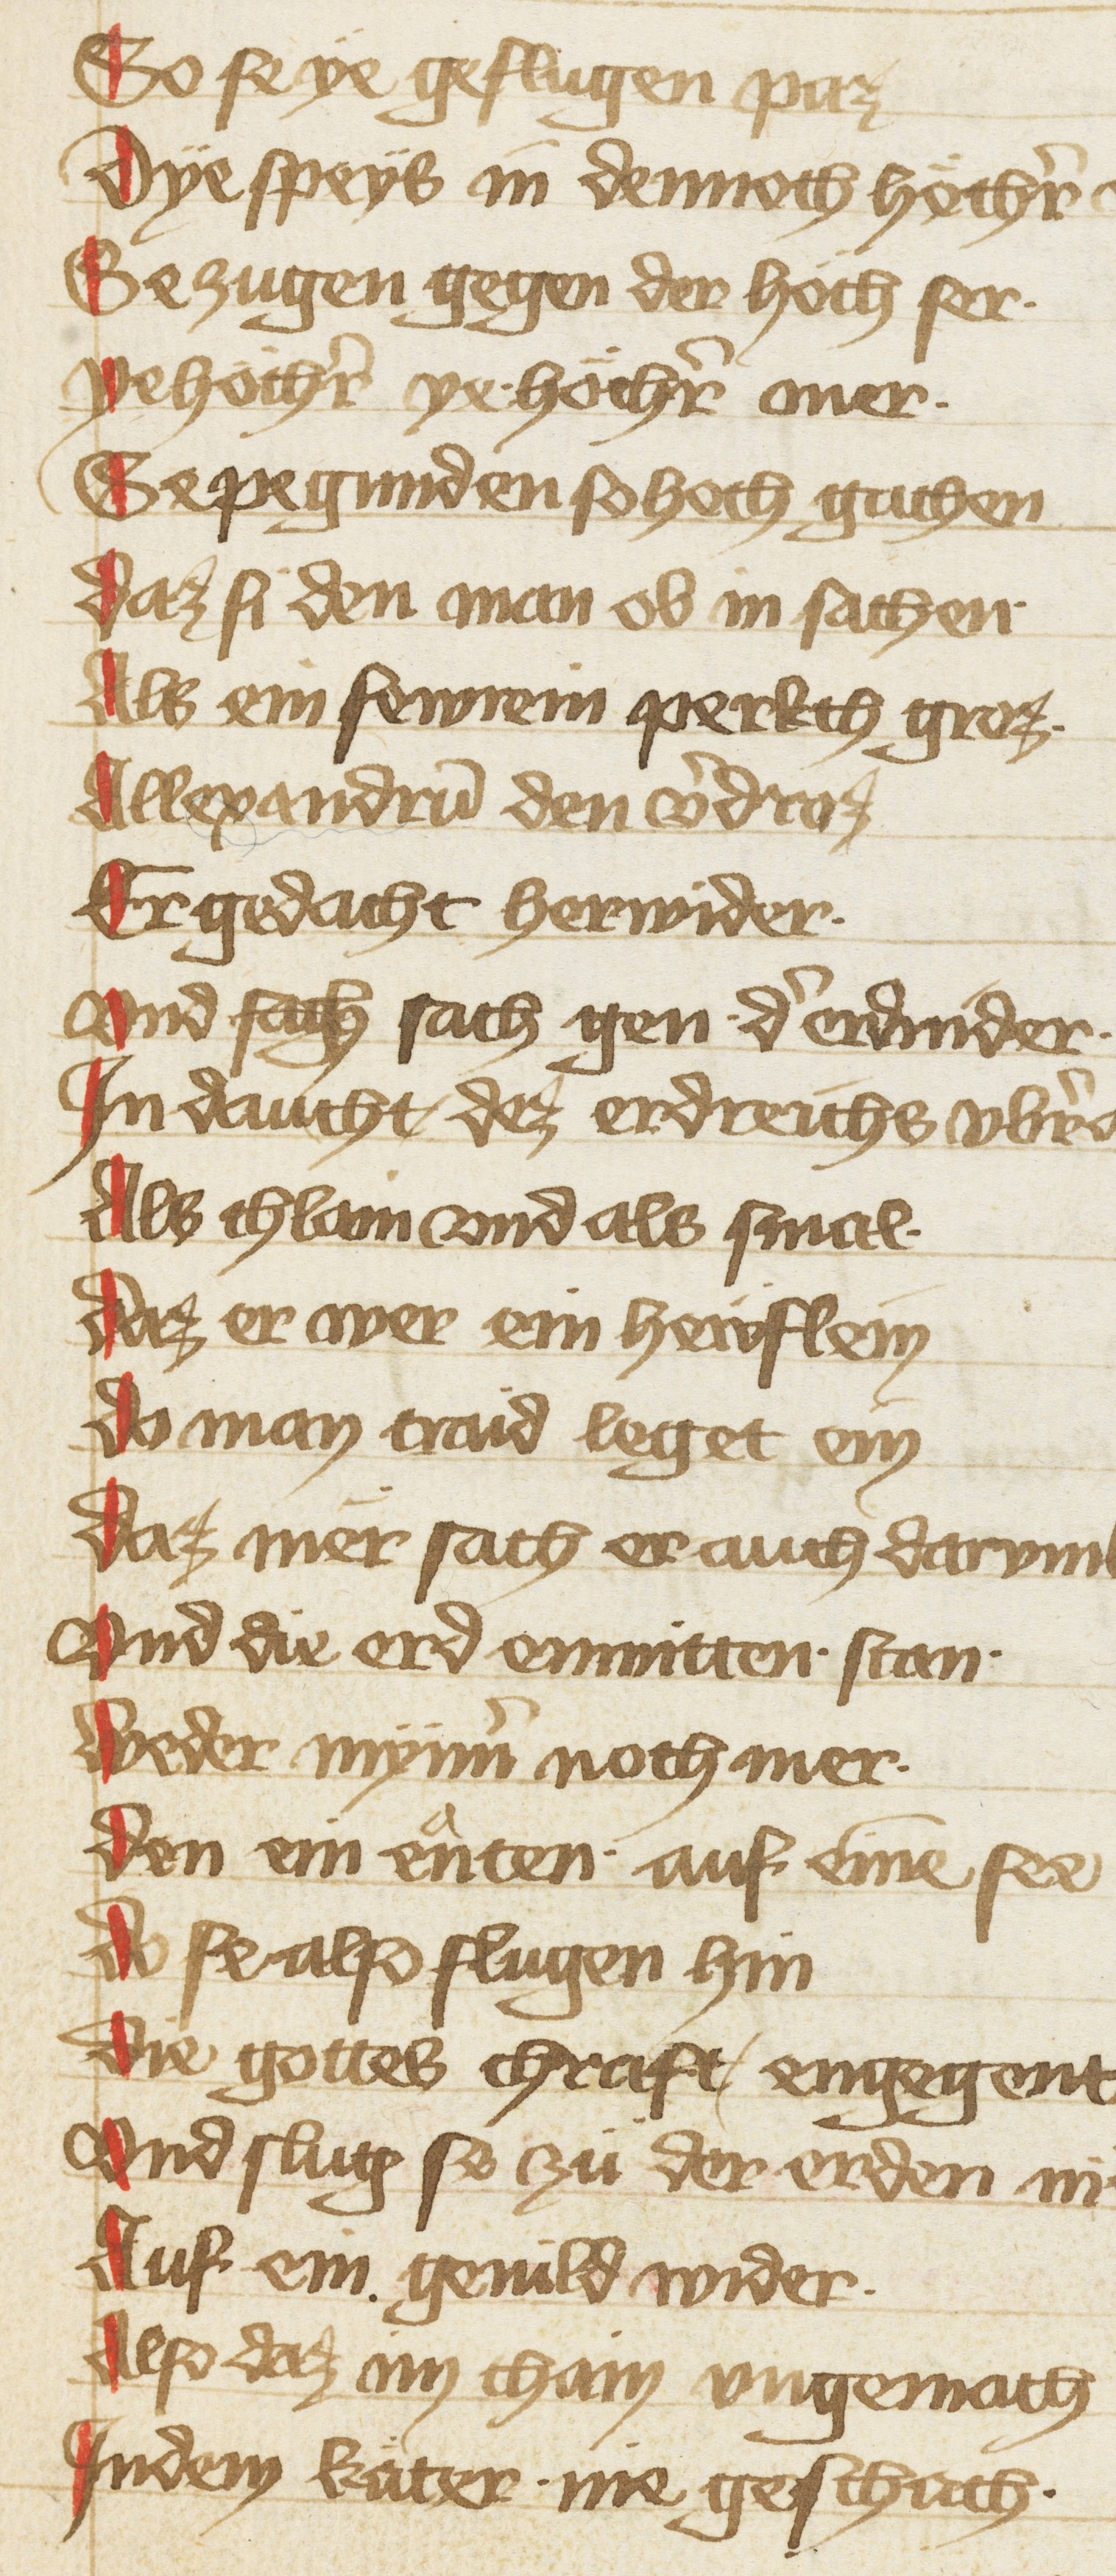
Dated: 1402–1402